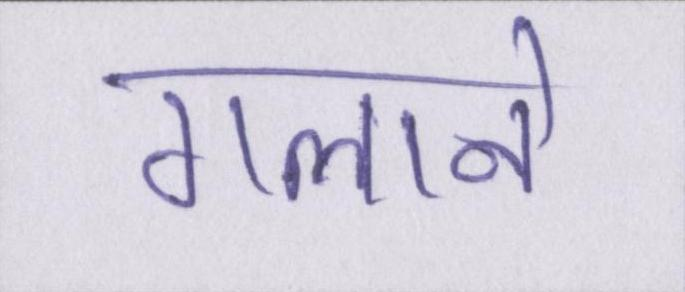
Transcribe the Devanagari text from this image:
गलाने